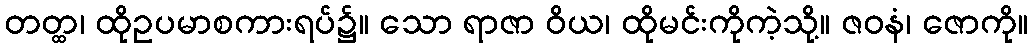
တတ္ထ၊ ထိုဥပမာစကားရပ်၌။ သော ရာဇာ ဝိယ၊ ထိုမင်းကိုကဲ့သို့။ ဇဝနံ၊ ဇောကို။